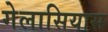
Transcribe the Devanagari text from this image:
गेलासियास